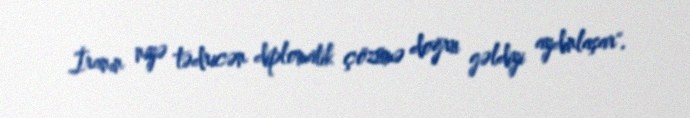
İranın niyə tədricən diplomatik çözümə doğru gəldiyi aydınlaşar".